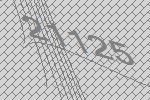
21125